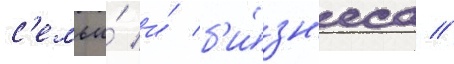
с'емьи́ и́ б'и́зн'еса //